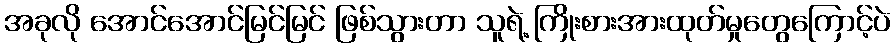
အခုလို အောင်အောင်မြင်မြင် ဖြစ်သွားတာ သူရဲ့ ကြိုးစားအားထုတ်မှုတွေကြောင့်ပဲ